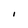
Character: I